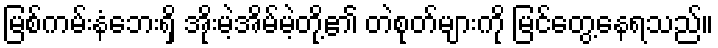
မြစ်ကမ်းနံဘေးရှိ အိုးမဲ့အိမ်မဲ့တို့၏ တဲစုတ်များကို မြင်တွေ့နေရသည်။